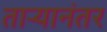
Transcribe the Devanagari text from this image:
ताऱ्यानंतर